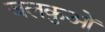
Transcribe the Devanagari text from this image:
जलकुओं